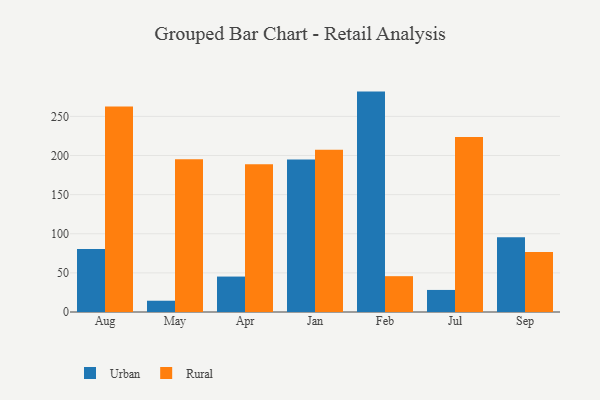
{"axis": {"x": "Month", "y": "Conversion Rate (%)"}, "legend": ["Rural", "Urban"], "data": [{"x": "Aug", "y": 80.5, "type": "Urban"}, {"x": "Aug", "y": 262.8, "type": "Rural"}, {"x": "May", "y": 14.4, "type": "Urban"}, {"x": "May", "y": 195.1, "type": "Rural"}, {"x": "Apr", "y": 45.3, "type": "Urban"}, {"x": "Apr", "y": 188.8, "type": "Rural"}, {"x": "Jan", "y": 195.0, "type": "Urban"}, {"x": "Jan", "y": 207.4, "type": "Rural"}, {"x": "Feb", "y": 281.7, "type": "Urban"}, {"x": "Feb", "y": 45.8, "type": "Rural"}, {"x": "Jul", "y": 28.2, "type": "Urban"}, {"x": "Jul", "y": 223.7, "type": "Rural"}, {"x": "Sep", "y": 95.7, "type": "Urban"}, {"x": "Sep", "y": 76.8, "type": "Rural"}]}